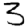
Digit: 3